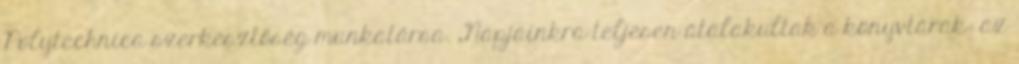
Polytechnica szerkesztőség munkatársa. „Napjainkra teljesen átalakultak a könyvtárak: az